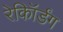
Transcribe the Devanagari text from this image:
रेकॉिर्डंग